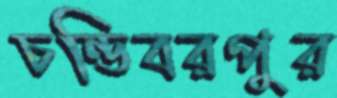
চন্ডিবরপুর